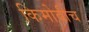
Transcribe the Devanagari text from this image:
किमोवीच